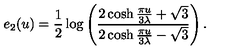
e _ { 2 } ( u ) = \frac { 1 } { 2 } \log \left( \frac { 2 \cosh \frac { \pi u } { 3 \lambda } + \sqrt { 3 } } { 2 \cosh \frac { \pi u } { 3 \lambda } - \sqrt { 3 } } \right) .